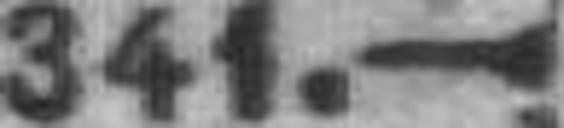
341.—